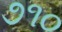
૭૧૦